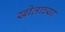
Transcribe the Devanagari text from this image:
खोताच्या